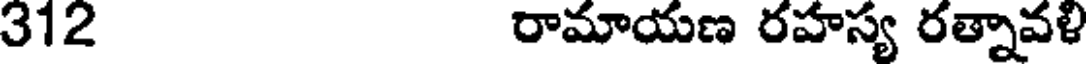
312 రామాయణ రహస్య రత్నావళి